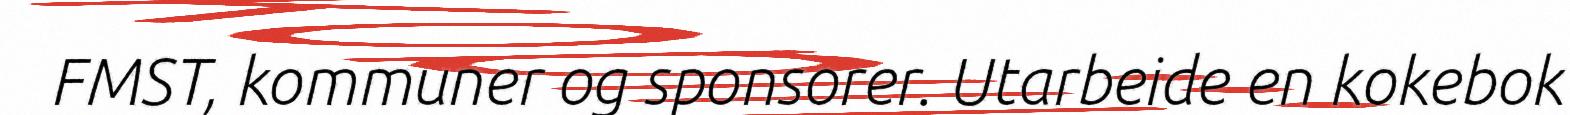
FMST, kommuner og sponsorer. Utarbeide en kokebok